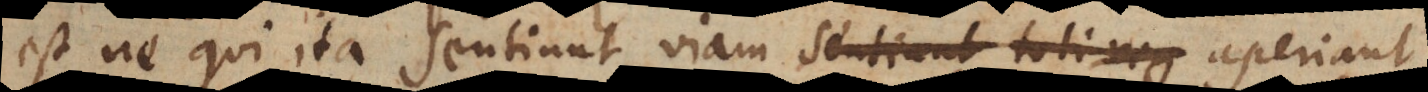
est ne qui ita sentiunt viam sentiant toti reg